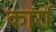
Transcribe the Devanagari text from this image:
कार्रा